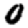
Digit: 0